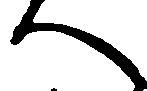
へ